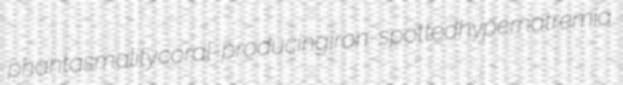
phantasmality coral-producing iron-spotted hypernatremia